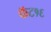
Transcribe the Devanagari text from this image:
फॅट१६